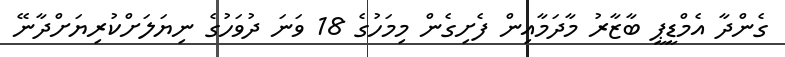
ގެންދާ އެމްޑީޕީ ބާޒާރު މާދަމާއިން ފެށިގެން މިމަހުގެ 18 ވަނަ ދުވަހުގެ ނިޔަލަށްކުރިޔަށްދާނޭ